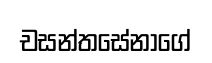
චසන්තසේනාගේ